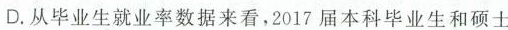
D.从毕业生就业率数据来看，2017届本科毕业生和硕士